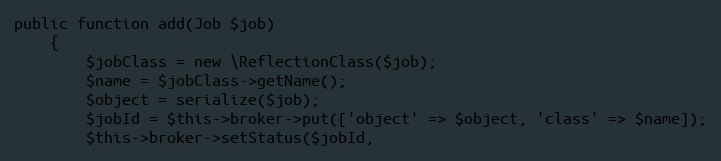
Language: PHP
public function add(Job $job)
    {
        $jobClass = new \ReflectionClass($job);
        $name = $jobClass->getName();
        $object = serialize($job);
        $jobId = $this->broker->put(['object' => $object, 'class' => $name]);
        $this->broker->setStatus($jobId,